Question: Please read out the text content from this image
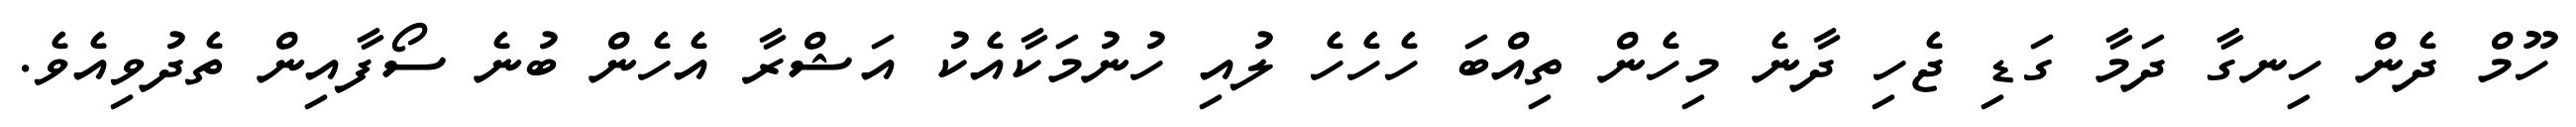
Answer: ހޫމް ދެން ހިނގާ ދަމާ ގަޑި ޖެހި ދާނެ މިހެން ތިއްބަ ހެހެހެ ލުއި ހުނުމަކާއެކު އަޝްރާ އެހެން ބުނެ ސޯފާއިން ތެދުވިއެވެ.